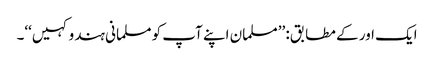
ایک اور کے مطابق: ’’مسلمان اپنے آپ کو مسلمانی ہندو کہیں‘‘۔